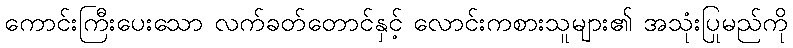
ကောင်းကြီးပေးသော လက်ခတ်တောင်နှင့် လောင်းကစားသူများ၏ အသုံးပြုမည်ကို